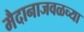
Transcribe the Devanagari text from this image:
मैदानाजवळच्या